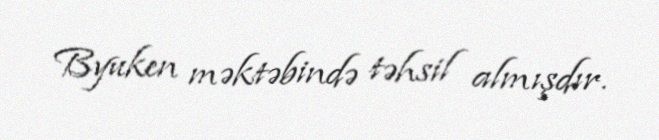
Byuken məktəbində təhsil almışdır.